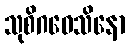
သုစိဂဝေသိနော